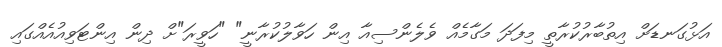
އަޅުގަނޑަށް އިތުބާރުކުރާތީ މިފަދަ މަގާމެއް ވެލެންސިއާ އިން ހަވާލުކުރާނީ" "ހަވީރަ"ށް ދިން އިންޓަވިއުއެއްގައި